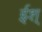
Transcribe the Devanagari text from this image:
ईश्